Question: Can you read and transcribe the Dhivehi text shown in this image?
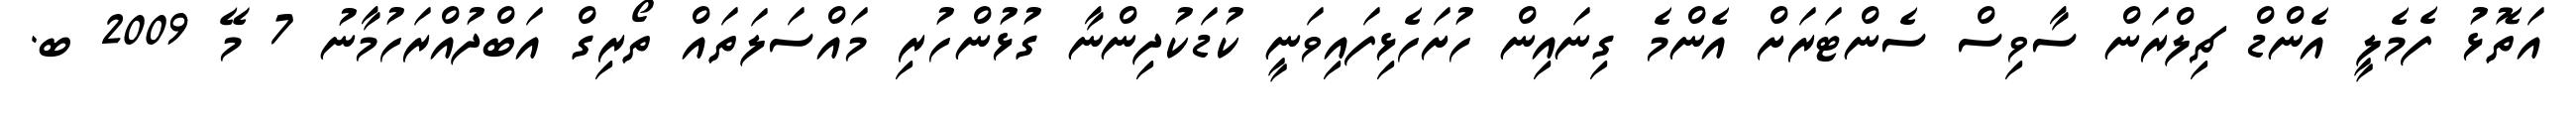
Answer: އަތޮޅު ފެމެލީ އެންޑް ޗިލްރަން ސާވިސް ސެންޓަރަށް އެންމެ ގިނައިން ހުށަހެޅިފައިވަނީ ކުޑަކުދިންނާ ގުޅުންހުރި މައްސަލަތައް ތޯރިގް އަބްދުއްރަހުމާނު 7 މޭ 2009 ބ.